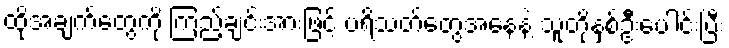
ထိုအချက်တွေကို ကြည့်ချင်းအားဖြင့် ပရိသတ်တွေအနေနဲ့ သူတို့နှစ်ဦးပေါင်းပြီး